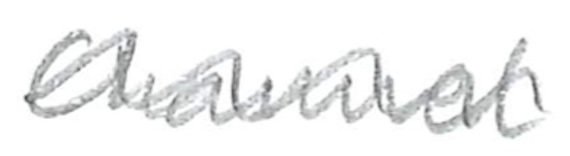
Text: Channel
Cross-out: wave
Writing tool: pencil